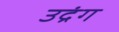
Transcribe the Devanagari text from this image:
उद्रंग